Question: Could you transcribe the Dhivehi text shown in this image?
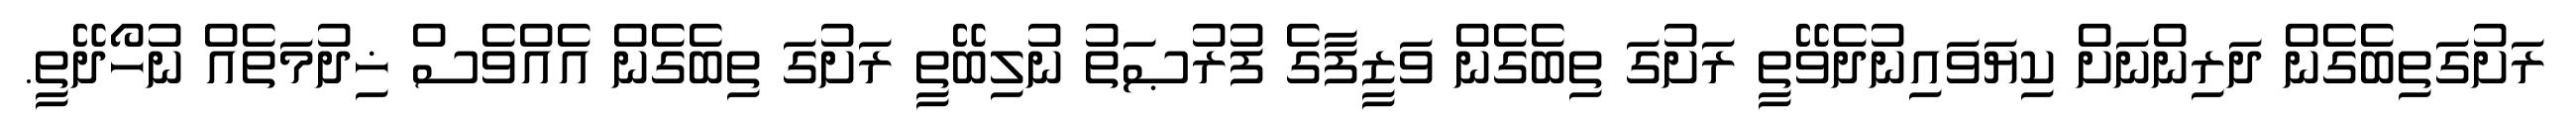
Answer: ރަށުގަތިބެގެން ދަރިންނަށް ކިޔަވައިނުދެވޭތީ ރަށުގަ ތިބެގެން ވަޒީފާގެ ފުރުޞަތު ނުލިބޭތީ ރަށުގަ ތިބެގެން އެއްވެސް ޚިދުމަތެއް ނުހޯދޭތީ.